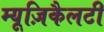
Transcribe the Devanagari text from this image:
म्यूज़िकैलटी